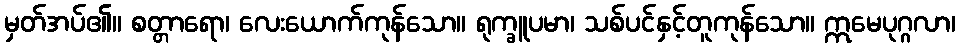
မှတ်အပ်၏။ စတ္တာရော၊ လေးယောက်ကုန်သော။ ရုက္ခူပမာ၊ သစ်ပင်နှင့်တူကုန်သော။ ဣမေပုဂ္ဂလာ၊